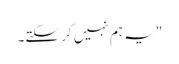
" یہ ہم نہیں کر سکتے۔